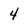
Character: 4